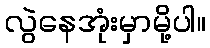
လွဲနေအုံးမှာမို့ပါ။